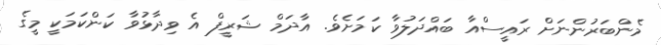
މެންބަރުންނަށް ރައީސްއާ ބައްދަލުވާ ކަމަށެވެ. އާދަމް ޝަރީފް އެ ވިދާޅުވާ ކަންކަމަކީ މީގެ